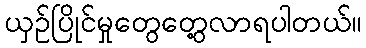
ယှဉ်ပြိုင်မှုတွေတွေ့လာရပါတယ်။